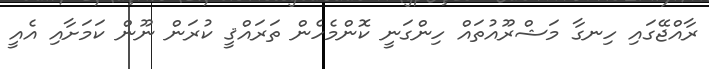
ރާއްޖޭގައި ހިނގާ މަޝްރޫއުތައް ހިންގަނީ ކޮންމެހެން ތަރައްޤީ ކުރަން ނޫން ކަމަށާއި އެއީ